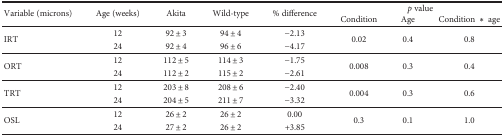
| <ROWSPAN=2> Variable (microns) | <ROWSPAN=2> Age (weeks) | <ROWSPAN=2> Akita | <ROWSPAN=2> Wild-type | <ROWSPAN=2> % difference | <COLSPAN=3> p value |
 | Condition | Age | Condition ∗ age |
 | --- | --- | --- | --- | --- | --- | --- | --- |
 | <ROWSPAN=2> IRT | 12 | 92 ± 3 | 94 ± 4 | −2.13 | <ROWSPAN=2> 0.02 | <ROWSPAN=2> 0.4 | <ROWSPAN=2> 0.8 |
 | 24 | 92 ± 4 | 96 ± 6 | −4.17 |
 | <ROWSPAN=2> ORT | 12 | 112 ± 5 | 114 ± 3 | −1.75 | <ROWSPAN=2> 0.008 | <ROWSPAN=2> 0.3 | <ROWSPAN=2> 0.4 |
 | 24 | 112 ± 2 | 115 ± 2 | −2.61 |
 | <ROWSPAN=2> TRT | 12 | 203 ± 8 | 208 ± 6 | −2.40 | <ROWSPAN=2> 0.004 | <ROWSPAN=2> 0.3 | <ROWSPAN=2> 0.6 |
 | 24 | 204 ± 5 | 211 ± 7 | −3.32 |
 | <ROWSPAN=2> OSL | 12 | 26 ± 2 | 26 ± 2 | 0.00 | <ROWSPAN=2> 0.3 | <ROWSPAN=2> 0.1 | <ROWSPAN=2> 1.0 |
 | 24 | 27 ± 2 | 26 ± 2 | +3.85 |